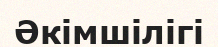
Әкімшілігі